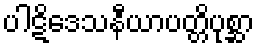
ပါဋိဒေသနီယာပတ္တိပုစ္ဆာ